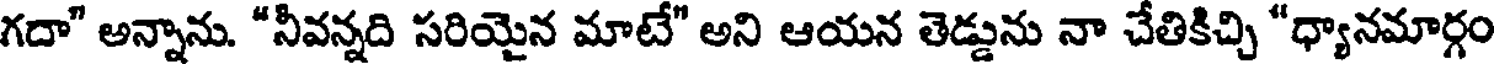
గదా" అన్నాను. "నీవన్నది సరియైన మాటే" అని ఆయన తెడ్డును నా చేతికిచ్చి "ధ్యానమార్గం